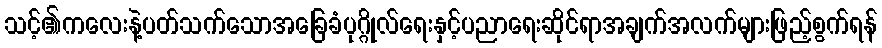
သင့်၏ကလေးနဲ့ပတ်သက်သောအခြေခံပုဂ္ဂိုလ်ရေးနှင့်ပညာရေးဆိုင်ရာအချက်အလက်များဖြည့်စွက်ရန်